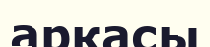
аркасы